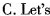
C. Let's